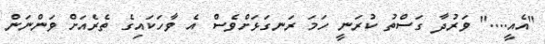
"އެއީ...." ވަރުދާ ގަސްތު ކުރަނީ ހަމަ ރަނގަޅަށްވެސް އެ ވާހަކައިގެ ތެރެއަށް ވަންނަން